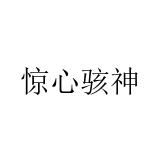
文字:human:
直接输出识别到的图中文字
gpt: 惊心骇神